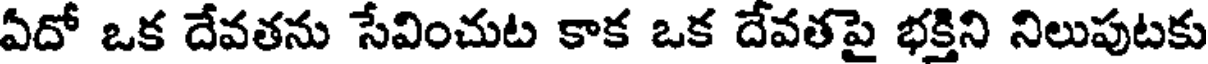
ఏదో ఒక దేవతను సేవించుట కాక ఒక దేవతపై భక్తిని నిలుపుటకు